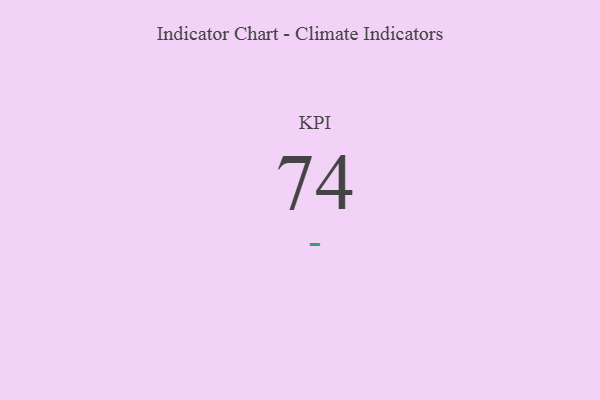
{"axis": {"x": "KPI", "y": "Value"}, "legend": [""], "data": [{"x": "KPI", "y": 74, "type": ""}]}